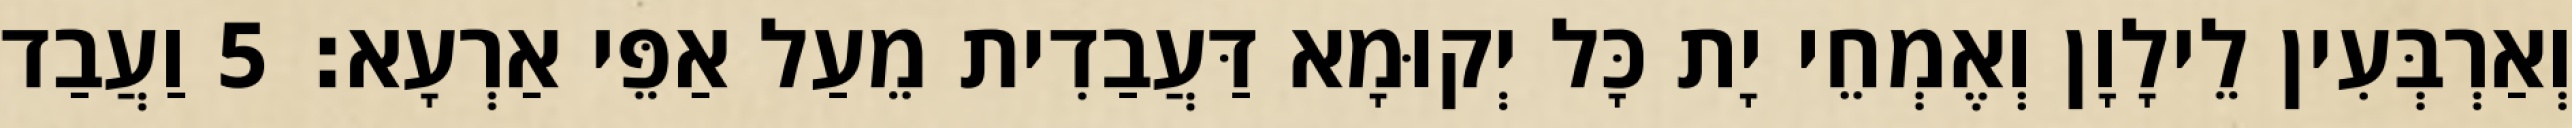
וְאַרְבְּעִין לֵילָוָן וְאֶמְחֵי יָת כָּל יְקוּמָא דַּעֲבַדִית מֵעַל אַפֵּי אַרְעָא׃ 5 וַעֲבַד